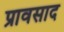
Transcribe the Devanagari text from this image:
प्रावसाद